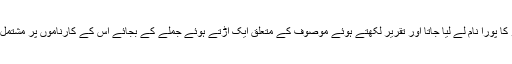
، اس میں کیا مضائقہ تھا کہ یادیو کا پورا نام لے لیا جاتا اور تقریر لکھتے ہوئے موصوف کے متعلق ایک اڑتے ہوئے جملے کے بجائے اس کے کارناموں پر مشتمل پورا پیراگراف تحریر کر لیا جاتا۔